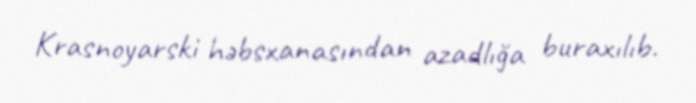
Krasnoyarski həbsxanasından azadlığa buraxılıb.